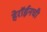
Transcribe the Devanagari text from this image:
हेरॉईनची